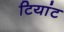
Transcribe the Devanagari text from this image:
टियांट